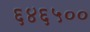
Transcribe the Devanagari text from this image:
६४६५००